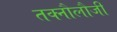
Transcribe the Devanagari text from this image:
तक्नौलौजी